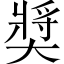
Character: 奬